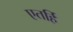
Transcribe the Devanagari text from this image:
एतर्हि